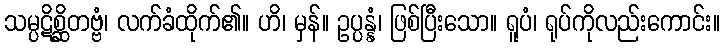
သမ္ပဋိစ္ဆိတဗ္ဗံ၊ လက်ခံထိုက်၏။ ဟိ၊ မှန်။ ဥပ္ပန္နံ၊ ဖြစ်ပြီးသော။ ရူပံ၊ ရုပ်ကိုလည်းကောင်း။